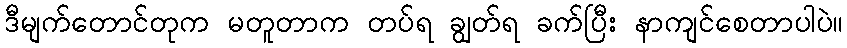
ဒီမျက်တောင်တုက မတူတာက တပ်ရ ချွတ်ရ ခက်ပြီး နာကျင်စေတာပါပဲ။